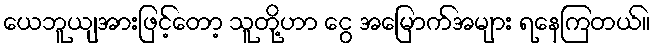
ယေဘူယျအားဖြင့်တော့ သူတို့ဟာ ငွေ အမြောက်အများ ရနေကြတယ်။